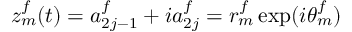
z _ { m } ^ { f } ( t ) = a _ { 2 j - 1 } ^ { f } + i a _ { 2 j } ^ { f } = r _ { m } ^ { f } \exp ( i \theta _ { m } ^ { f } )